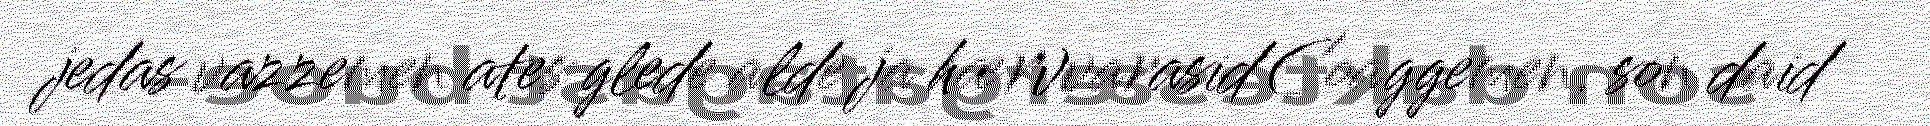
jedas vazzemen ates glede alde ja hærvvarasid Coaggemen, son daid